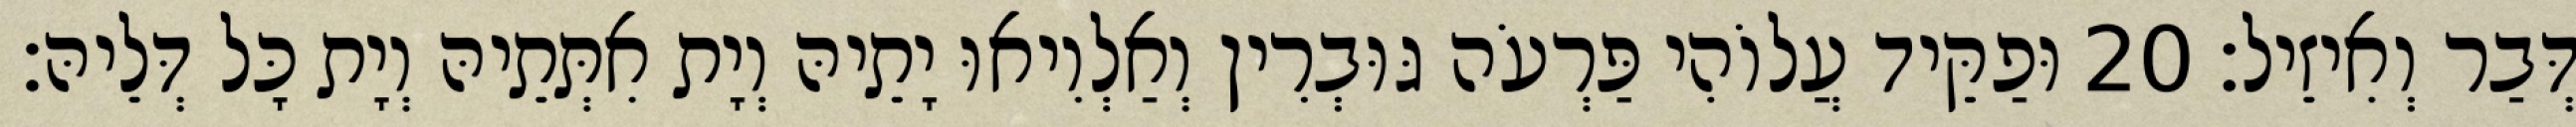
דְּבַר וְאִיזֵיל׃ 20 וּפַקֵּיד עֲלוֹהִי פַּרְעֹה גּוּבְרִין וְאַלְוִיאוּ יָתֵיהּ וְיָת אִתְּתֵיהּ וְיָת כָּל דְּלֵיהּ׃